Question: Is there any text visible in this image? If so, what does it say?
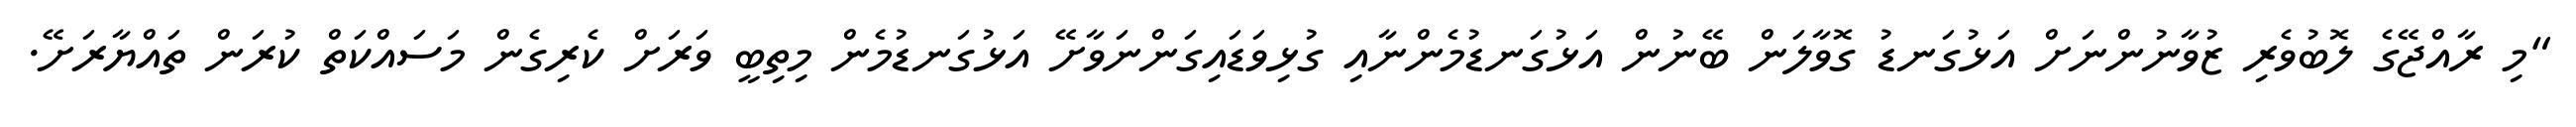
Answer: "މި ރާއްޖޭގެ ލޮބުވެރި ޒުވާނުންނަށް އަޅުގަނޑު ގޮވާލަން ބޭނުން އަޅުގަނޑުމެންނާއި ގުޅިވަޑައިގަންނަވާށޭ އަޅުގަނޑުމެން މިތިބީ ވަރަށް ކެރިގެން މަސައްކަތް ކުރަން ތައްޔާރަށޭ.